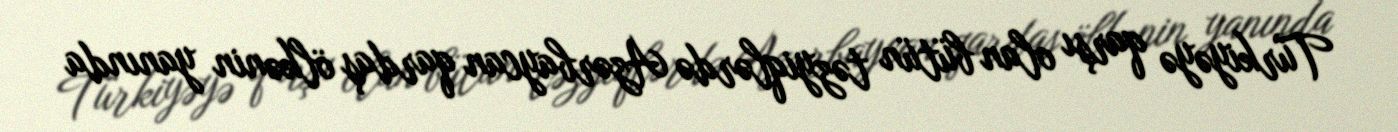
Türkiyəyə qarşı olan bütün təzyiqlərdə Azərbaycan qardaş ölkənin yanında